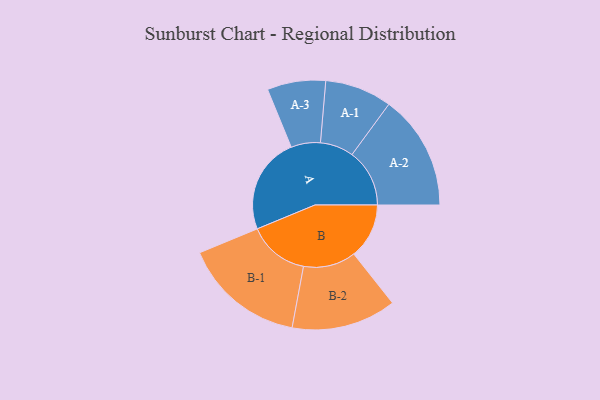
{"axis": {"x": "Segment", "y": "Value"}, "legend": ["", "A", "B"], "data": [{"x": "A", "y": 337, "type": ""}, {"x": "B", "y": 193, "type": ""}, {"x": "A-1", "y": 117, "type": "A"}, {"x": "A-2", "y": 201, "type": "A"}, {"x": "A-3", "y": 102, "type": "A"}, {"x": "B-1", "y": 213, "type": "B"}, {"x": "B-2", "y": 183, "type": "B"}]}